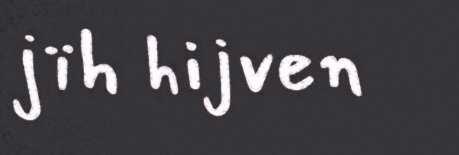
jïh hijven